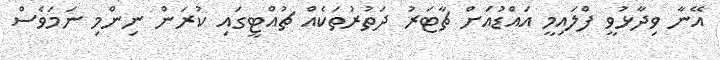
އޭނާ ވިދާޅުވީ ފްލައިމީ އައްޑުއަށް ޗާޓަރު ދަތުރުތަކެއް ޗުއްޓީގައި ކުރަން ނިންމި ނަމަވެސް